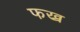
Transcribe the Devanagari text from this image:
फख्र